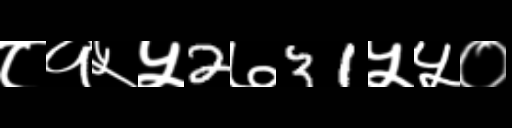
Text: ८१५५2७31५५०